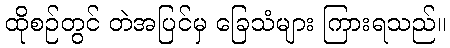
ထိုစဉ်တွင် တဲအပြင်မှ ခြေသံများ ကြားရသည်။